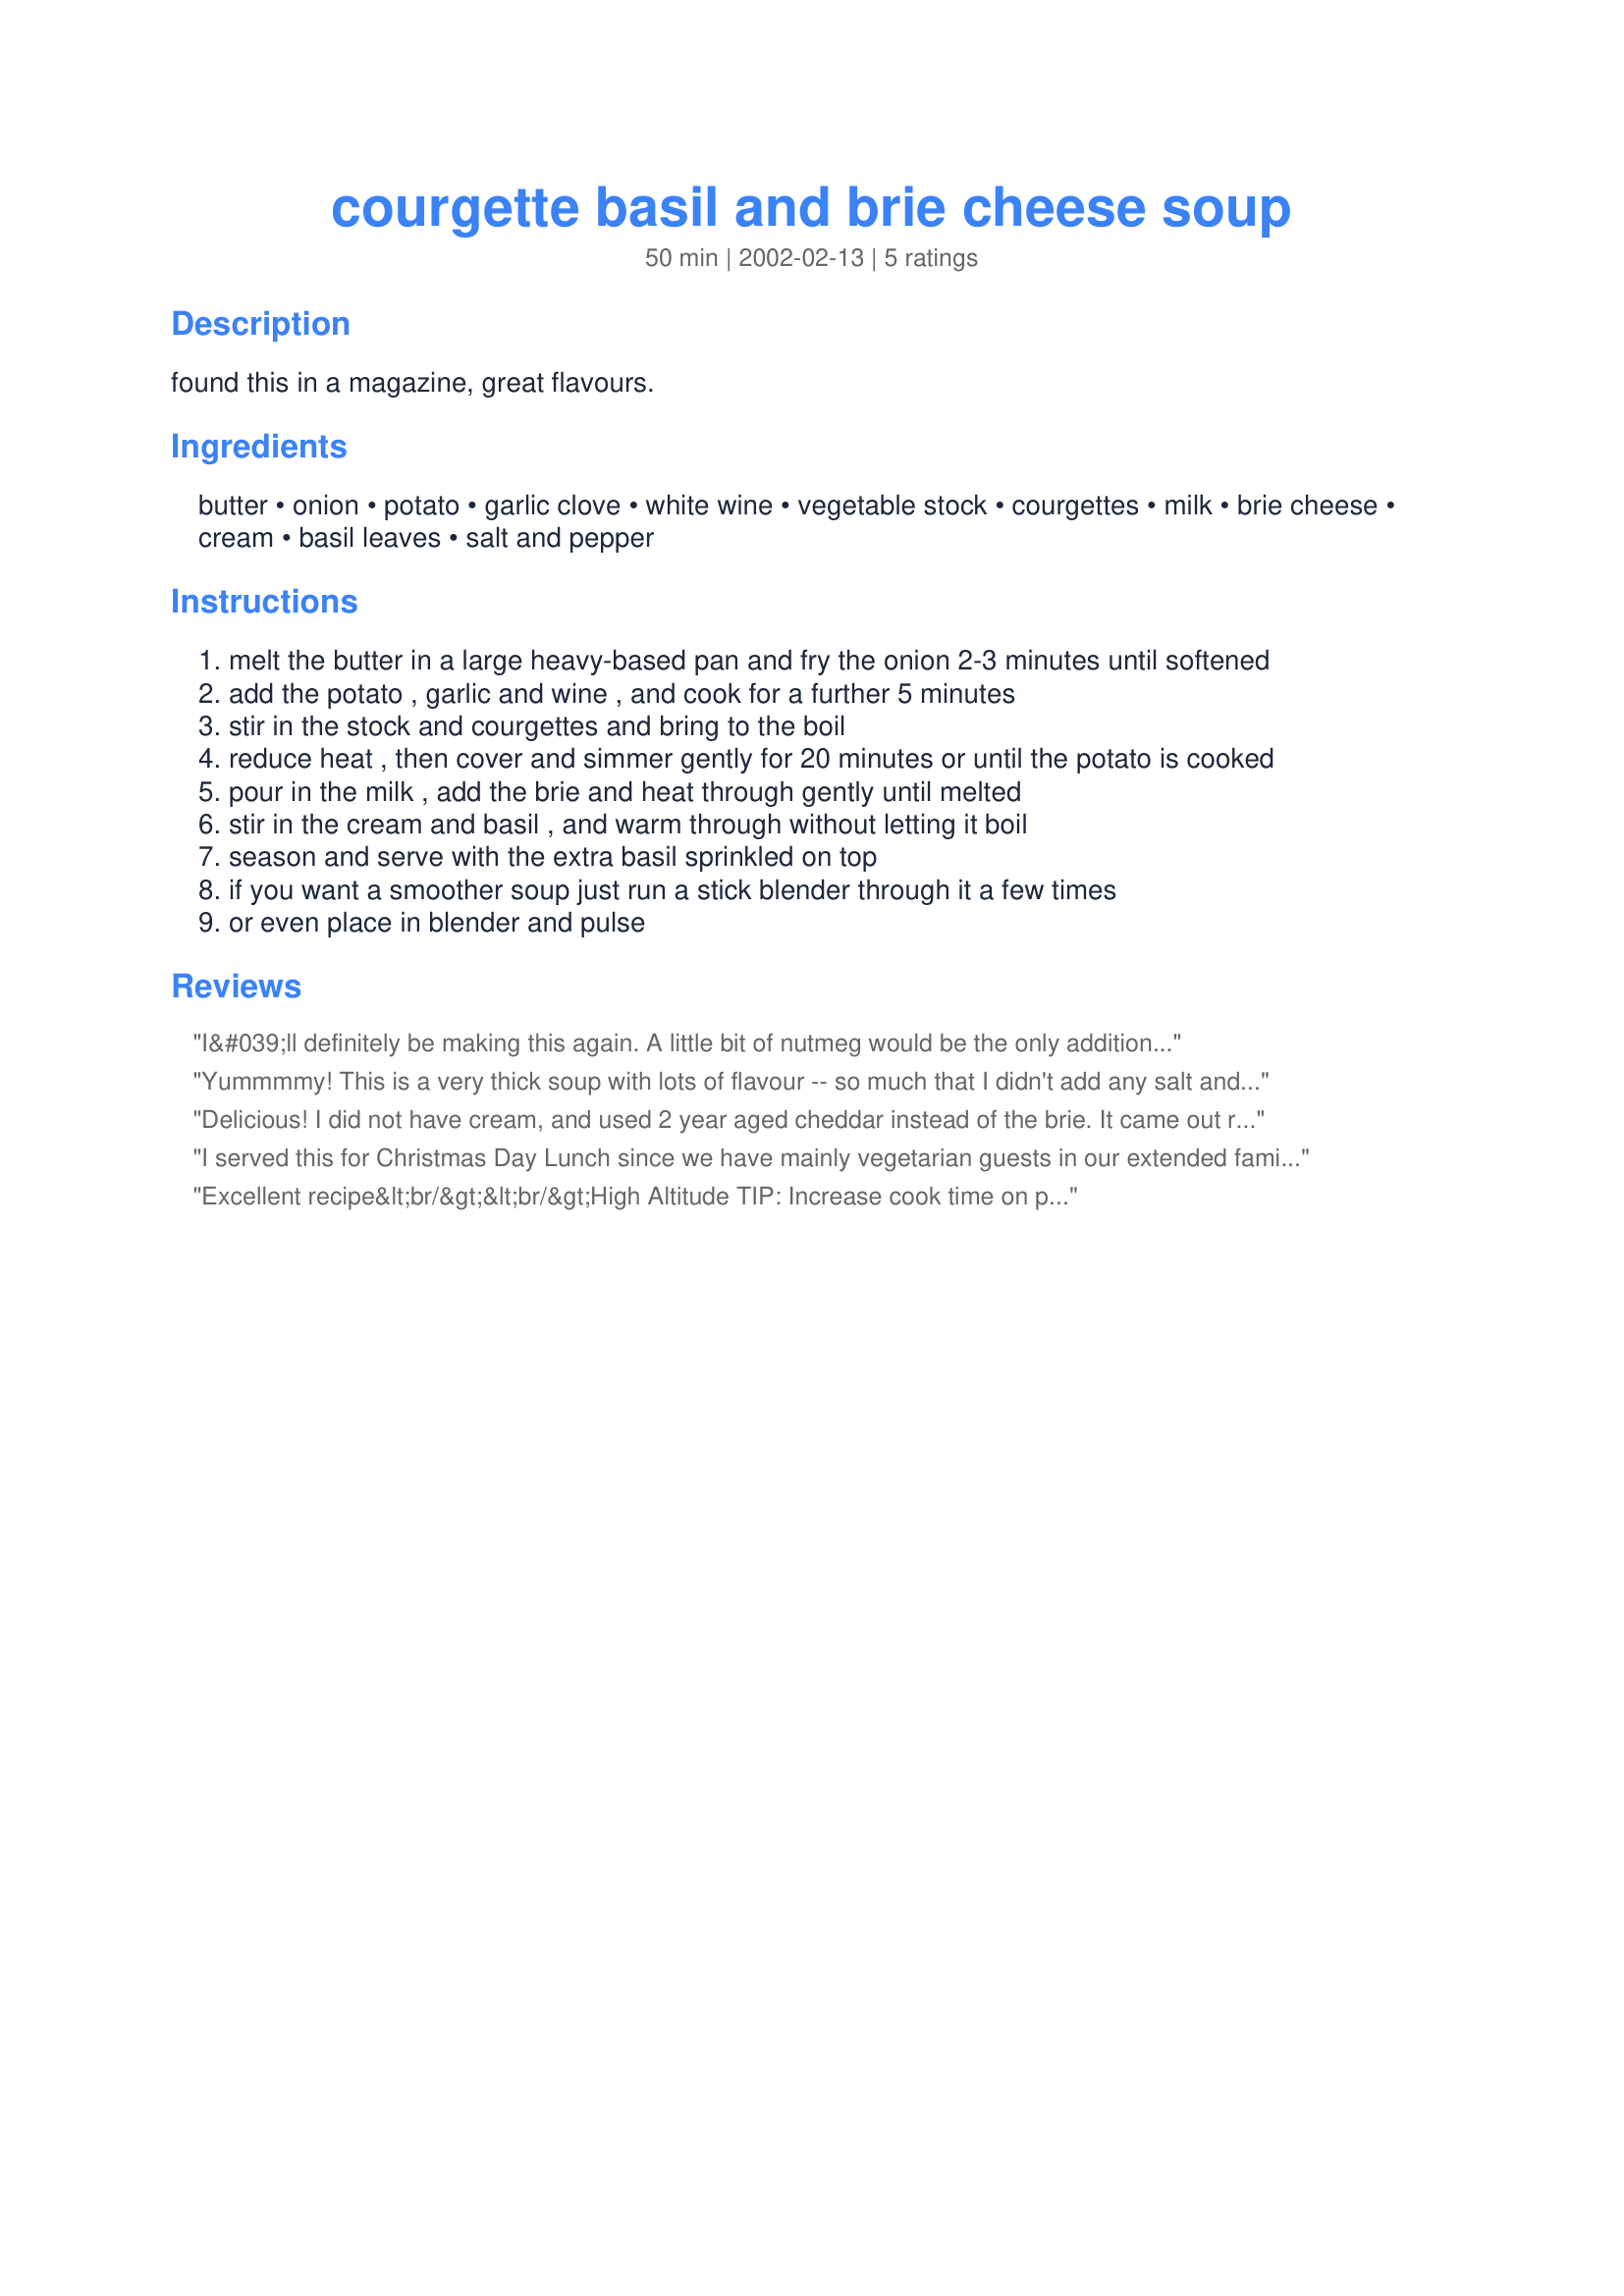
courgette basil and brie cheese soup
Preparation time: 50 minutes

found this in a magazine, great flavours.

Ingredients:
butter, onion, potato, garlic clove, white wine, vegetable stock, courgettes, milk, brie cheese, cream, basil leaves, salt and pepper

Steps:
melt the butter in a large heavy-based pan and fry the onion 2-3 minutes until softened
add the potato , garlic and wine , and cook for a further 5 minutes
stir in the stock and courgettes and bring to the boil
reduce heat , then cover and simmer gently for 20 minutes or until the potato is cooked
pour in the milk , add the brie and heat through gently until melted
stir in the cream and basil , and warm through without letting it boil
season and serve with the extra basil sprinkled on top
if you want a smoother soup just run a stick blender through it a few times
or even place in blender and pulse

Reviews:
I&#039;ll definitely be making this again. A little bit of nutmeg would be the only addition. Fantastic. I might even use monterey jack if I&#039;m out of brie.
Yummmmy! This is a very thick soup with lots of flavour -- so much that I didn't add any salt and only a little pepper. At first I was worried there wouldn't be enough stock to cook the potatoes in, before the pot boiled dry, but it worked out just right and I'm glad I resisted the temptation to add more liquid. I blitzed the soup at the end, just to make it a bit smoother.
Delicious!

I did not have cream, and used 2 year aged cheddar instead of the brie. It came out really tasty, thank you so much for a great recipe.
I served this for Christmas Day Lunch since we have mainly vegetarian guests in our extended family, and it was WONDERFUL... my nephew liked it very much and at age 16 it was the *first* time he had ever eaten soup! 5 stars for leaving SiL speechless as she was certain he wouldn't try it LOL ! I confess that I have a form of dyslexia that forces me to read "1 clove of garlic" as "add 3 cloves of garlic" and after adding the basil leaves, the other handful I had looked lonely so I added them too... I doubled the recipe and the splash of white wine was a really decent sized puddle, um... an entire half bottle to be precise, but it was Christmas day and my potatoes were huge and there was brie in a massive chunk from the cheese shop and... well it all turned out very very nicely indeed. Fussy guests raved... nephew ate soup for the first time in his life, and LIKED it and MiL said I could make it again... any time, for her... in a manner that was more instruction than request. I omitted the milk becuase with the larger quantity of wine it was a little thin, but after adding the brie and basil it thickened up nicely when I used the stick blender. Thanks Evie for a recipe of restaurant quality taste that is easy to make as well. Top marks and a definiate thumbs up from our family and friends. Thanks!
Excellent recipe&lt;br/&gt;&lt;br/&gt;High Altitude TIP: Increase cook time on potatoes to 40 minutes.
